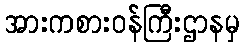
အားကစားဝန်ကြီးဌာနမှ